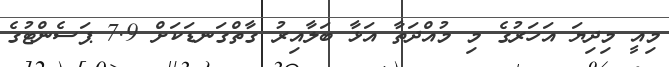
މިއީ މިދިޔަ އަހަރުގެ މި މުއްދަތާ އަޅާ ބަލާއިރު ގާތްގަނޑަކަށް 7.9 ޕަސެންޓުގެ